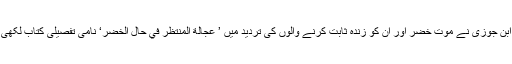
امام ابن جوزی نے موت خضر اور ان کو زندہ ثابت کرنے والوں کی تردید میں ’ عجالة المنتظر في حال الخضر‘ نامی تفصیلی کتاب لکھی ہے۔